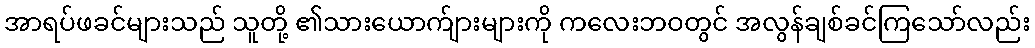
အာရပ်ဖခင်များသည် သူတို့ ၏သားယောက်ျားများကို ကလေးဘဝတွင် အလွန်ချစ်ခင်ကြသော်လည်း